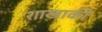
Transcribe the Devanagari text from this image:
शाखाकी